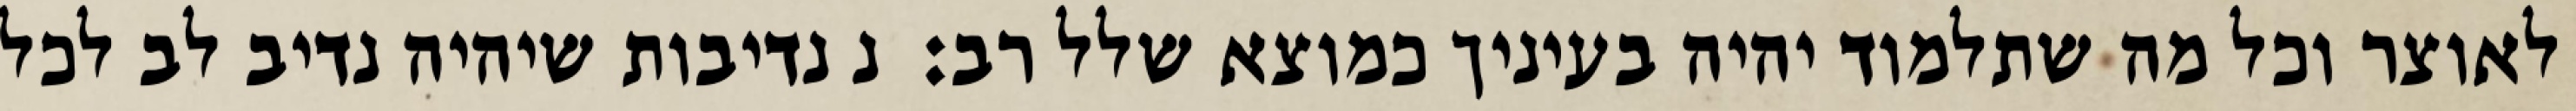
לאוצר וכל מה שתלמוד יהיה בעיניך כמוצא שלל רב:  נ נדיבות שיהיה נדיב לב לכל